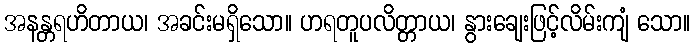
အနန္တရဟိတာယ၊ အခင်းမရှိသော။ ဟရတူပလိတ္တာယ၊ နွားချေးဖြင့်လိမ်းကျံ သော။